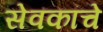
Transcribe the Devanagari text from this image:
सेवकांचे